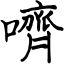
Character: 嚌